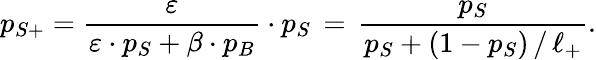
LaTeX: p_{S+}=\frac{\varepsilon}{\varepsilon\cdot p_{S}+\beta\cdot p_{B}}\cdot p_{S}\, =\, \frac{p_{S}}{p_{S}+(1-p_{S})\, /\, \ell_{+}}.